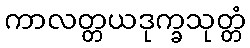
ကာလတ္တယဒုက္ခသုတ္တံ